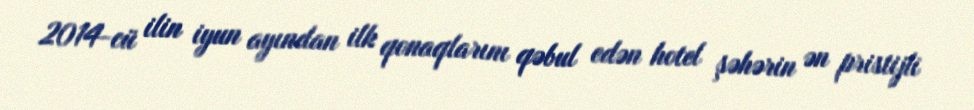
2014-cü ilin iyun ayından ilk qonaqlarını qəbul edən hotel şəhərin ən pristijli